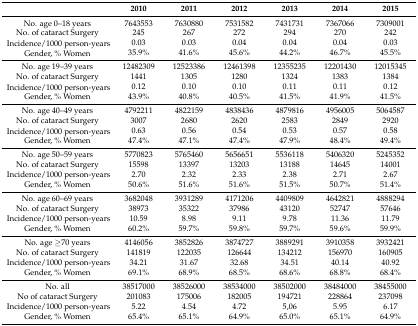
<table><thead><tr><td></td><td><b>2010</b></td><td><b>2011</b></td><td><b>2012</b></td><td><b>2013</b></td><td><b>2014</b></td><td><b>2015</b></td></tr></thead><tbody><tr><td>No. age 0–18 years</td><td>7643553</td><td>7630880</td><td>7531582</td><td>7431731</td><td>7367066</td><td>7309001</td></tr><tr><td>No. of cataract Surgery</td><td>245</td><td>267</td><td>272</td><td>294</td><td>270</td><td>242</td></tr><tr><td rowspan="2">Incidence/1000 person-years Gender, % Women</td><td>0.03</td><td>0.03</td><td>0.04</td><td>0.04</td><td>0.04</td><td>0.03</td></tr><tr><td>35.9%</td><td>41.6%</td><td>45.6%</td><td>44.2%</td><td>46.7%</td><td>45.5%</td></tr><tr><td>No. age 19–39 years</td><td>12482309</td><td>12523386</td><td>12461398</td><td>12355235</td><td>12201430</td><td>12015345</td></tr><tr><td>No. of cataract Surgery</td><td>1441</td><td>1305</td><td>1280</td><td>1324</td><td>1383</td><td>1384</td></tr><tr><td rowspan="2">Incidence/1000 person-years Gender, % Women</td><td>0.12</td><td>0.10</td><td>0.10</td><td>0.11</td><td>0.11</td><td>0.12</td></tr><tr><td>43.9%</td><td>40.8%</td><td>40.5%</td><td>41.5%</td><td>41.9%</td><td>41.5%</td></tr><tr><td>No. age 40–49 years</td><td>4792211</td><td>4822159</td><td>4838436</td><td>4879816</td><td>4956005</td><td>5064587</td></tr><tr><td>No. of cataract Surgery</td><td>3007</td><td>2680</td><td>2620</td><td>2583</td><td>2849</td><td>2920</td></tr><tr><td rowspan="2">Incidence/1000 person-years Gender, % Women</td><td>0.63</td><td>0.56</td><td>0.54</td><td>0.53</td><td>0.57</td><td>0.58</td></tr><tr><td>47.4%</td><td>47.1%</td><td>47.4%</td><td>47.9%</td><td>48.4%</td><td>49.4%</td></tr><tr><td>No. age 50–59 years</td><td>5770823</td><td>5765460</td><td>5656651</td><td>5536118</td><td>5406320</td><td>5245352</td></tr><tr><td>No. of cataract Surgery</td><td>15598</td><td>13397</td><td>13203</td><td>13188</td><td>14645</td><td>14001</td></tr><tr><td rowspan="2">Incidence/1000 person-years Gender, % Women</td><td>2.70</td><td>2.32</td><td>2.33</td><td>2.38</td><td>2.71</td><td>2.67</td></tr><tr><td>50.6%</td><td>51.6%</td><td>51.6%</td><td>51.5%</td><td>50.7%</td><td>51.4%</td></tr><tr><td>No. age 60–69 years</td><td>3682048</td><td>3931289</td><td>4171206</td><td>4409809</td><td>4642821</td><td>4888294</td></tr><tr><td>No. of cataract Surgery</td><td>38973</td><td>35322</td><td>37986</td><td>43120</td><td>52747</td><td>57646</td></tr><tr><td rowspan="2">Incidence/1000 person-years Gender, % Women</td><td>10.59</td><td>8.98</td><td>9.11</td><td>9.78</td><td>11.36</td><td>11.79</td></tr><tr><td>60.2%</td><td>59.7%</td><td>59.8%</td><td>59.7%</td><td>59.6%</td><td>59.9%</td></tr><tr><td>No. age ≥70 years</td><td>4146056</td><td>3852826</td><td>3874727</td><td>3889291</td><td>3910358</td><td>3932421</td></tr><tr><td>No. of cataract Surgery</td><td>141819</td><td>122035</td><td>126644</td><td>134212</td><td>156970</td><td>160905</td></tr><tr><td rowspan="2">Incidence/1000 person-years Gender, % Women</td><td>34.21</td><td>31.67</td><td>32.68</td><td>34.51</td><td>40.14</td><td>40.92</td></tr><tr><td>69.1%</td><td>68.9%</td><td>68.5%</td><td>68.6%</td><td>68.8%</td><td>68.4%</td></tr><tr><td>No. all</td><td>38517000</td><td>38526000</td><td>38534000</td><td>38502000</td><td>38484000</td><td>38455000</td></tr><tr><td>No of cataract Surgery</td><td>201083</td><td>175006</td><td>182005</td><td>194721</td><td>228864</td><td>237098</td></tr><tr><td rowspan="2">Incidence/1000 person-years Gender, % Women</td><td>5.22</td><td>4.54</td><td>4.72</td><td>5,06</td><td>5.95</td><td>6.17</td></tr><tr><td>65.4%</td><td>65.1%</td><td>64.9%</td><td>65.0%</td><td>65.1%</td><td>64.9%</td></tr></tbody></table>